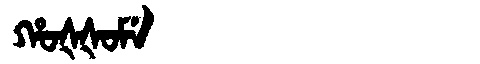
Manchu: ᡥᠣᡧᡧᠣᠮᡝ
Romanization: HOŠŠOME